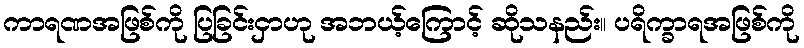
ကာရဏအဖြစ်ကို ပြခြင်းငှာဟု အဘယ့်ကြောင့် ဆိုသနည်း။ ပရိက္ခာရအဖြစ်ကို